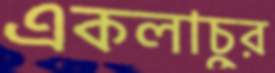
একলাচুর